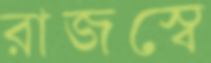
রাজস্বে